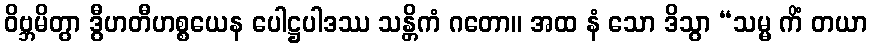
ဝိဗ္ဘမိတွာ ဒွီဟတီဟစ္စယေန ပေါဋ္ဌပါဒဿ သန္တိကံ ဂတော။ အထ နံ သော ဒိသွာ “သမ္မ ကိံ တယာ